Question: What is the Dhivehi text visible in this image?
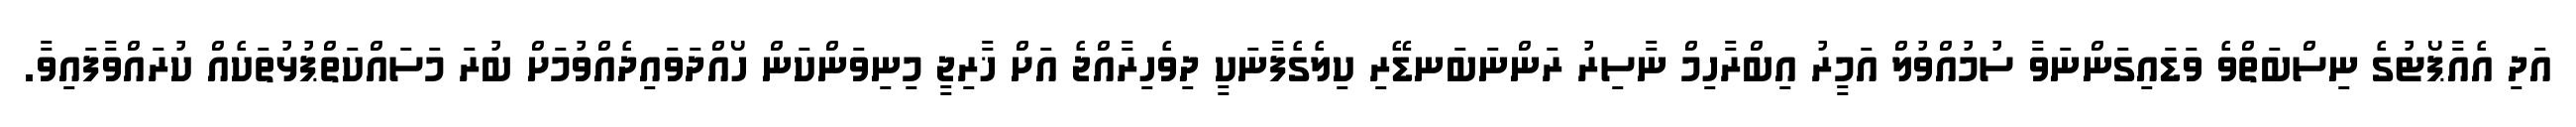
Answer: އަދި އެއާޕޯޓުގެ ނިސްބަތްވެ ވަޑައިގަންނަވާ ސުމުއްވުލް އަމީރު އިބްރާހިމް ނާސިރު ރަންނަބަނޑޭރި ކިލެގެފާނަކީ ދިވެހިރާއްޖެ އަށް ޚާރިޖީ މިނިވަންކަން ހޯއްދަވައިދެއްވުމަށް ބުރަ މަސައްކަތްޕުޅުތަކެއް ކުރައްވާފައިވާ.